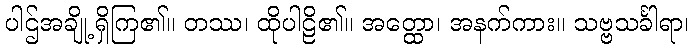
ပါဌ်အချို့ရှိကြ၏။ တဿ၊ ထိုပါဠိ၏။ အတ္ထော၊ အနက်ကား။ သဗ္ဗသင်္ခါရာ၊